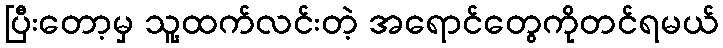
ပြီးတော့မှ သူ့ထက်လင်းတဲ့ အရောင်တွေကိုတင်ရမယ်